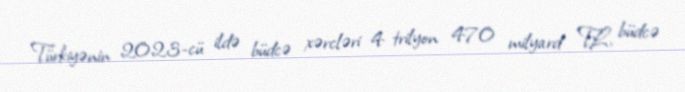
Türkiyənin 2023-cü ildə büdcə xərcləri 4 trilyon 470 milyard TL, büdcə